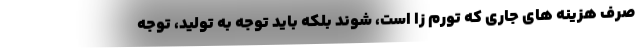
صرف هزینه های جاری که تورم زا است، شوند بلکه باید توجه به تولید، توجه